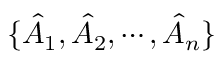
\{ \hat { A } _ { 1 } , \hat { A } _ { 2 } , \cdots , \hat { A } _ { n } \}